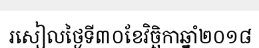
រសៀលថ្ងៃទី៣០ខែវិច្ឆិកាឆ្នាំ២០១៨